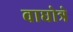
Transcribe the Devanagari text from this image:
वाघोत्रे